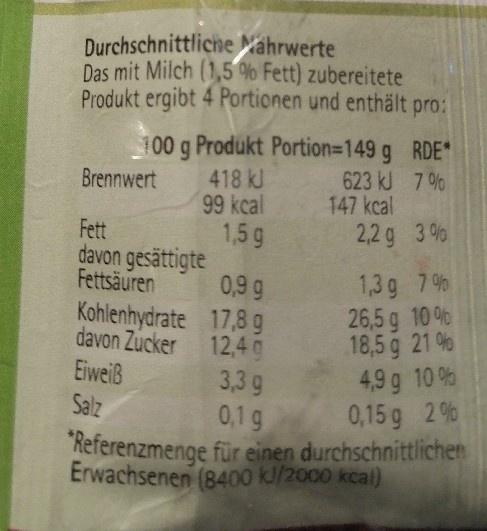
Durchschnittliche Nahrwerte Das mit Milch (1,5 % Fett) zubereitete Produkt ergibt 4 Portionen und enthält pro:
100 g Produkt Portion=149 g RDE* Brennwert
418 kJ 99 kcal
623 kJ 7 % 147 kcal 2,2 g 3%
Fett davon gesättigte Fettsäuren
1,5g
1,3 g 7% 26,5 g 10 % 18,5 g 21 % 4,9 g 10 % 0,15 g 2% Referenzmenge für einen durchschnittlichen Erwachsenen (8400 kl/2000 kcal)
0,9 g
Kohlenhydrate 17,8 g davon Zucker 12,4g Eiweiß Salz
3,3g 0,1 g